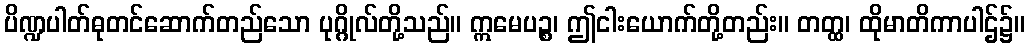
ပိဏ္ဍပါတ်ဓုတင်ဆောက်တည်သော ပုဂ္ဂိုလ်တို့သည်။ ဣမေပဉ္စ၊ ဤငါးယောက်တို့တည်း။ တတ္ထ၊ ထိုမာတိကာပါဌ်၌။